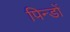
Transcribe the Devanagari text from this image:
पिन्डों